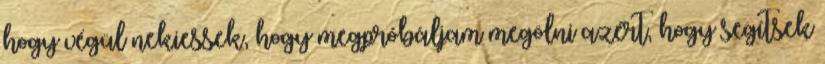
hogy végül nekiessek, hogy megpróbáljam megölni azért, hogy segítsek